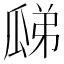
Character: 𤫼